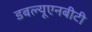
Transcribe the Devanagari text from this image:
डबल्यूएनबीटी